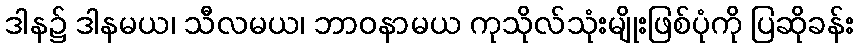
ဒါန၌ ဒါနမယ၊ သီလမယ၊ ဘာဝနာမယ ကုသိုလ်သုံးမျိုးဖြစ်ပုံကို ပြဆိုခန်း